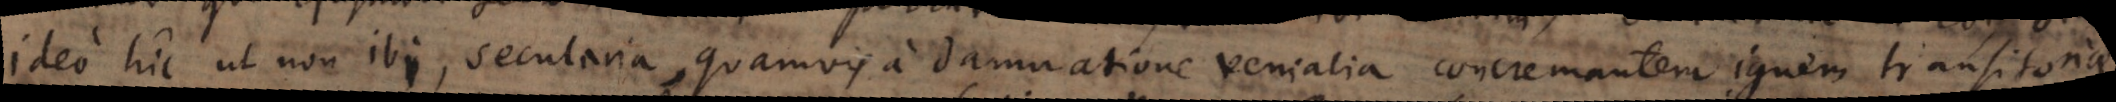
ideo hic ut non ibi, secularia, quamvis a damnatione venialia concremantem ignem transitoriae